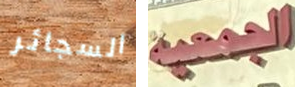
السجائر الجمعية